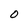
Character: 0